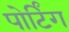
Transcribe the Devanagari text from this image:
पोर्टिंग